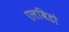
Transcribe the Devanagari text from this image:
एलबिडो